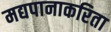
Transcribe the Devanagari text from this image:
मद्यपानाकरिता